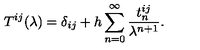
T ^ { i j } ( \lambda ) = \delta _ { i j } + h \sum _ { n = 0 } ^ { \infty } { \frac { t _ { n } ^ { i j } } { \lambda ^ { n + 1 } } } .